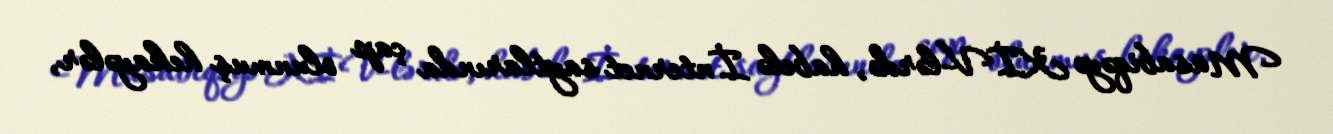
Müsabiqəyə KİV-lərdə, habelə İnternet saytlarında çap olunmuş hekayələr,